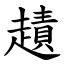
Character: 䟄